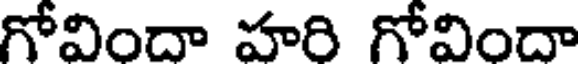
గోవిందా హరి గోవిందా